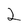
Character: 2